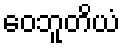
ဝေဘူတိယံ